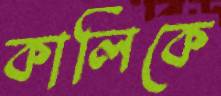
কালিকে